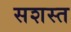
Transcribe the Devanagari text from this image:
सशस्त